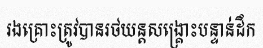
រងគ្រោះត្រូវបានរថយន្តសង្គ្រោះបន្ទាន់ដឹក